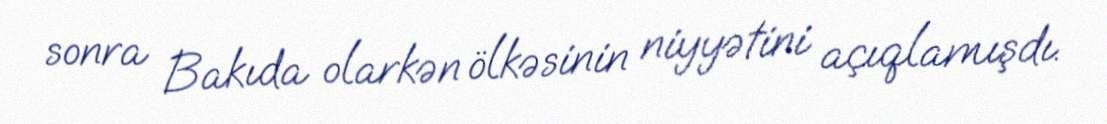
sonra Bakıda olarkən ölkəsinin niyyətini açıqlamışdı.